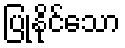
ပြုနိုင်သော